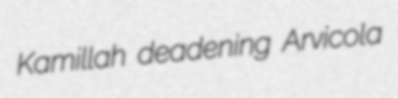
Kamillah deadening Arvicola